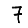
Digit: 7